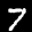
Label: 7